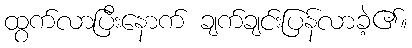
ထွက်လာပြီးနောက် ချက်ချင်းပြန်လာခဲ့၏။